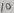
Text: 10